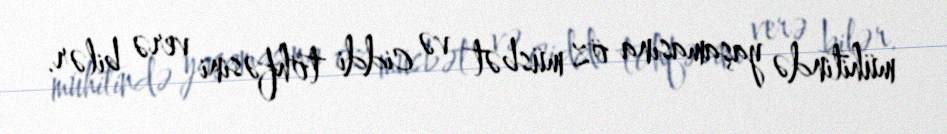
mühitində yaşamasına öz müsbət və ciddi töhfəsini verə bilər.